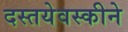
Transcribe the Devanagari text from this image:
दस्तयेवस्कीने